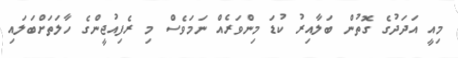
މިއީ އަދަދުގެ ގޮތުން ބަލާއިރު ކުޑަ މިންވަރެއް ނަމަވެސް މި ރެފިއުޖީންގެ ހާލަތަށްބަލައި